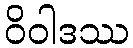
ဝိဝါဒဿ